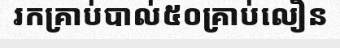
រកគ្រាប់បាល់៥០គ្រាប់លឿន